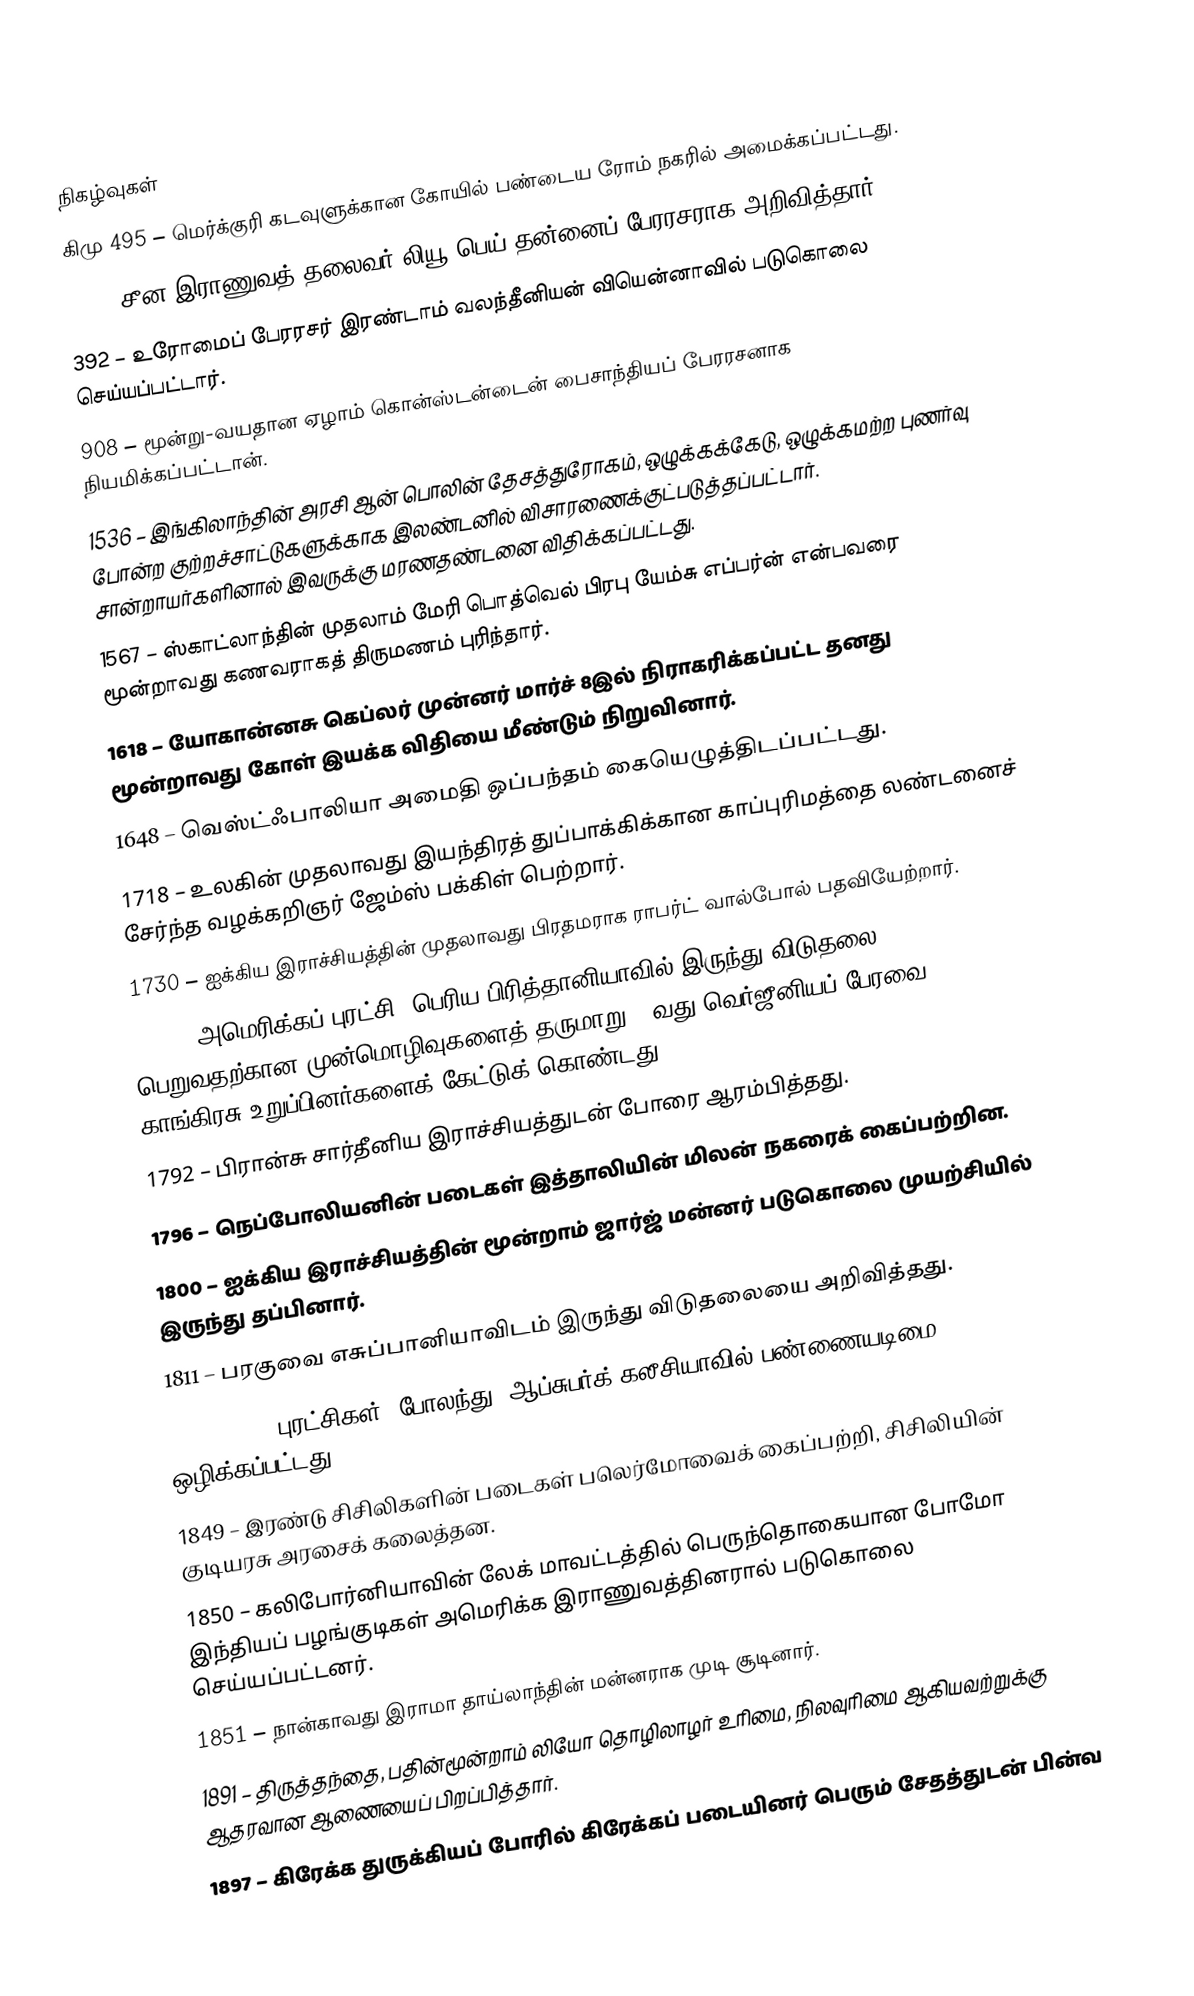

நிகழ்வுகள்
கிமு 495 – மெர்க்குரி கடவுளுக்கான கோயில் பண்டைய ரோம் நகரில் அமைக்கப்பட்டது.
221 – சீன இராணுவத் தலைவர் லியூ பெய் தன்னைப் பேரரசராக அறிவித்தார்.
392 – உரோமைப் பேரரசர் இரண்டாம் வலந்தீனியன் வியென்னாவில் படுகொலை செய்யப்பட்டார்.
908 – மூன்று-வயதான ஏழாம் கொன்ஸ்டன்டைன் பைசாந்தியப் பேரரசனாக நியமிக்கப்பட்டான்.
1536 – இங்கிலாந்தின் அரசி ஆன் பொலின் தேசத்துரோகம், ஒழுக்கக்கேடு, ஒழுக்கமற்ற புணர்வு போன்ற குற்றச்சாட்டுகளுக்காக இலண்டனில் விசாரணைக்குட்படுத்தப்பட்டார். சான்றாயர்களினால் இவருக்கு மரணதண்டனை விதிக்கப்பட்டது.
1567 – ஸ்காட்லாந்தின் முதலாம் மேரி பொத்வெல் பிரபு யேம்சு எப்பர்ன் என்பவரை மூன்றாவது கணவராகத் திருமணம் புரிந்தார்.
1618 – யோகான்னசு கெப்லர் முன்னர் மார்ச் 8இல் நிராகரிக்கப்பட்ட தனது மூன்றாவது கோள் இயக்க விதியை மீண்டும் நிறுவினார்.
1648 – வெஸ்ட்ஃபாலியா அமைதி ஒப்பந்தம் கையெழுத்திடப்பட்டது.
1718 – உலகின் முதலாவது இயந்திரத் துப்பாக்கிக்கான காப்புரிமத்தை லண்டனைச் சேர்ந்த வழக்கறிஞர் ஜேம்ஸ் பக்கிள் பெற்றார்.
1730 – ஐக்கிய இராச்சியத்தின் முதலாவது பிரதமராக ராபர்ட் வால்போல் பதவியேற்றார்.
1776 – அமெரிக்கப் புரட்சி: பெரிய பிரித்தானியாவில் இருந்து விடுதலை பெறுவதற்கான முன்மொழிவுகளைத் தருமாறு 5-வது வெர்ஜீனியப் பேரவை காங்கிரசு உறுப்பினர்களைக் கேட்டுக் கொண்டது.
1792 – பிரான்சு சார்தீனிய இராச்சியத்துடன் போரை ஆரம்பித்தது.
1796 – நெப்போலியனின் படைகள் இத்தாலியின் மிலன் நகரைக் கைப்பற்றின.
1800 – ஐக்கிய இராச்சியத்தின் மூன்றாம் ஜார்ஜ் மன்னர் படுகொலை முயற்சியில் இருந்து தப்பினார்.
1811 – பரகுவை எசுப்பானியாவிடம் இருந்து விடுதலையை அறிவித்தது.
1848 – 1848 புரட்சிகள்: போலந்து, ஆப்சுபர்க் கலீசியாவில் பண்ணையடிமை ஒழிக்கப்பட்டது.
1849 – இரண்டு சிசிலிகளின் படைகள் பலெர்மோவைக் கைப்பற்றி, சிசிலியின் குடியரசு அரசைக் கலைத்தன.
1850 – கலிபோர்னியாவின் லேக் மாவட்டத்தில் பெருந்தொகையான போமோ இந்தியப் பழங்குடிகள் அமெரிக்க இராணுவத்தினரால் படுகொலை செய்யப்பட்டனர்.
1851 – நான்காவது இராமா தாய்லாந்தின் மன்னராக முடி சூடினார்.
1891 – திருத்தந்தை, பதின்மூன்றாம் லியோ தொழிலாழர் உரிமை, நிலவுரிமை ஆகியவற்றுக்கு ஆதரவான ஆணையைப் பிறப்பித்தார்.
1897 – கிரேக்க துருக்கியப் போரில் கிரேக்கப் படையினர் பெரும் சேதத்துடன் பின்வ